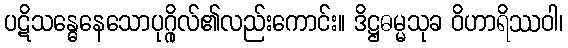
ပဋိသန္ဓေနေသောပုဂ္ဂိုလ်၏လည်းကောင်း။ ဒိဋ္ဌဓမ္မသုခ ဝိဟာရိဿဝါ၊